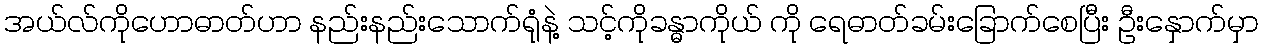
အယ်လ်ကိုဟောဓာတ်ဟာ နည်းနည်းသောက်ရုံနဲ့ သင့်ကိုခန္ဓာကိုယ် ကို ရေဓာတ်ခမ်းခြောက်စေပြီး ဦးနှောက်မှာ